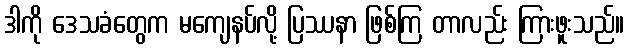
ဒါကို ဒေသခံတွေက မကျေနပ်လို့ ပြဿနာ ဖြစ်ကြ တာလည်း ကြားဖူးသည်။